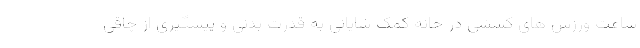
ساعت ورزش های کششی در خانه کمک شایانی به قدرت بدنی و پیشگیری از چاقی